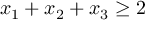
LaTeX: x _ { 1 } + x _ { 2 } + x _ { 3 } \geq 2